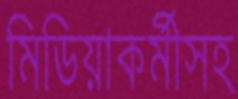
মিডিয়াকর্মীসহ